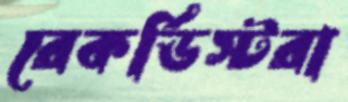
রেকর্ডিস্টরা